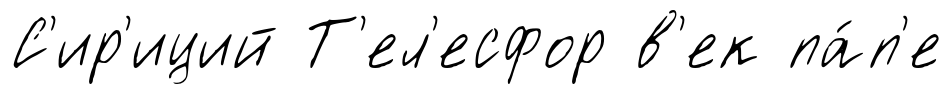
С'ир'иций Т'ел'есфор в'ек па́п'е